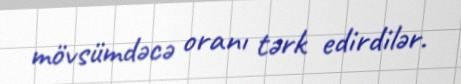
mövsümdəcə oranı tərk edirdilər.